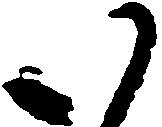
い